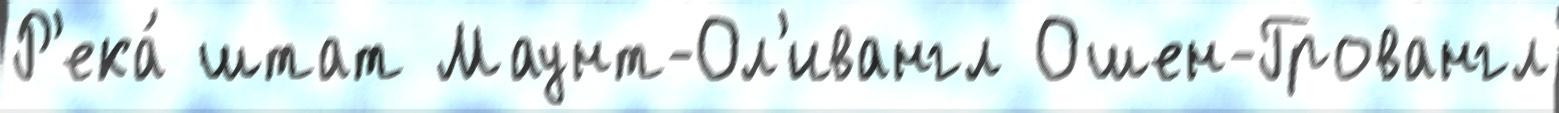
Р'ека́ штат Маунт-Ол'ивангл Ошен-Гровангл